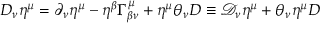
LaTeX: D _ { \nu } \eta ^ { \mu } = \partial _ { \nu } \eta ^ { \mu } - \eta ^ { \beta } \Gamma _ { \beta \nu } ^ { \mu } + \eta ^ { \mu } \theta _ { \nu } D \equiv \mathcal { D } _ { \nu } \eta ^ { \mu } + \theta _ { \nu } \eta ^ { \mu } D